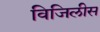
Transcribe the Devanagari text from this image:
विजिलीस